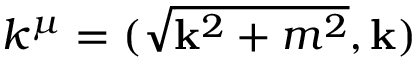
k ^ { \mu } = ( \sqrt { \mathbf { k } ^ { 2 } + m ^ { 2 } } , \mathbf { k } )